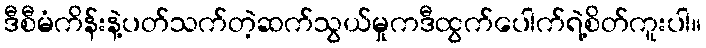
ဒီစီမံကိန်းနဲ့ပတ်သက်တဲ့ဆက်သွယ်မှုကဒီထွက်ပေါက်ရဲ့စိတ်ကူးပါ။